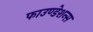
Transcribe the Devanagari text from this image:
फाउण्डेशन्स